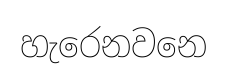
හැරෙනවනෙ